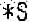
*S